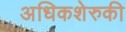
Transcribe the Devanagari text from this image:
अधिकशेरुकी